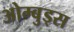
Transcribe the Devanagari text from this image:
ओम्बुड्स